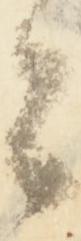
々